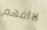
لاأفهم